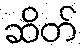
ဆိတ်